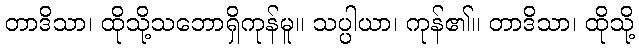
တာဒိသာ၊ ထိုသို့သဘောရှိကုန်မူ။ သပ္ပါယာ၊ ကုန်၏။ တာဒိသာ၊ ထိုသို့